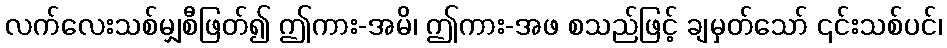
လက်လေးသစ်မျှစီဖြတ်၍ ဤကား-အမိ၊ ဤကား-အဖ စသည်ဖြင့် ချမှတ်သော် ၎င်းသစ်ပင်၊